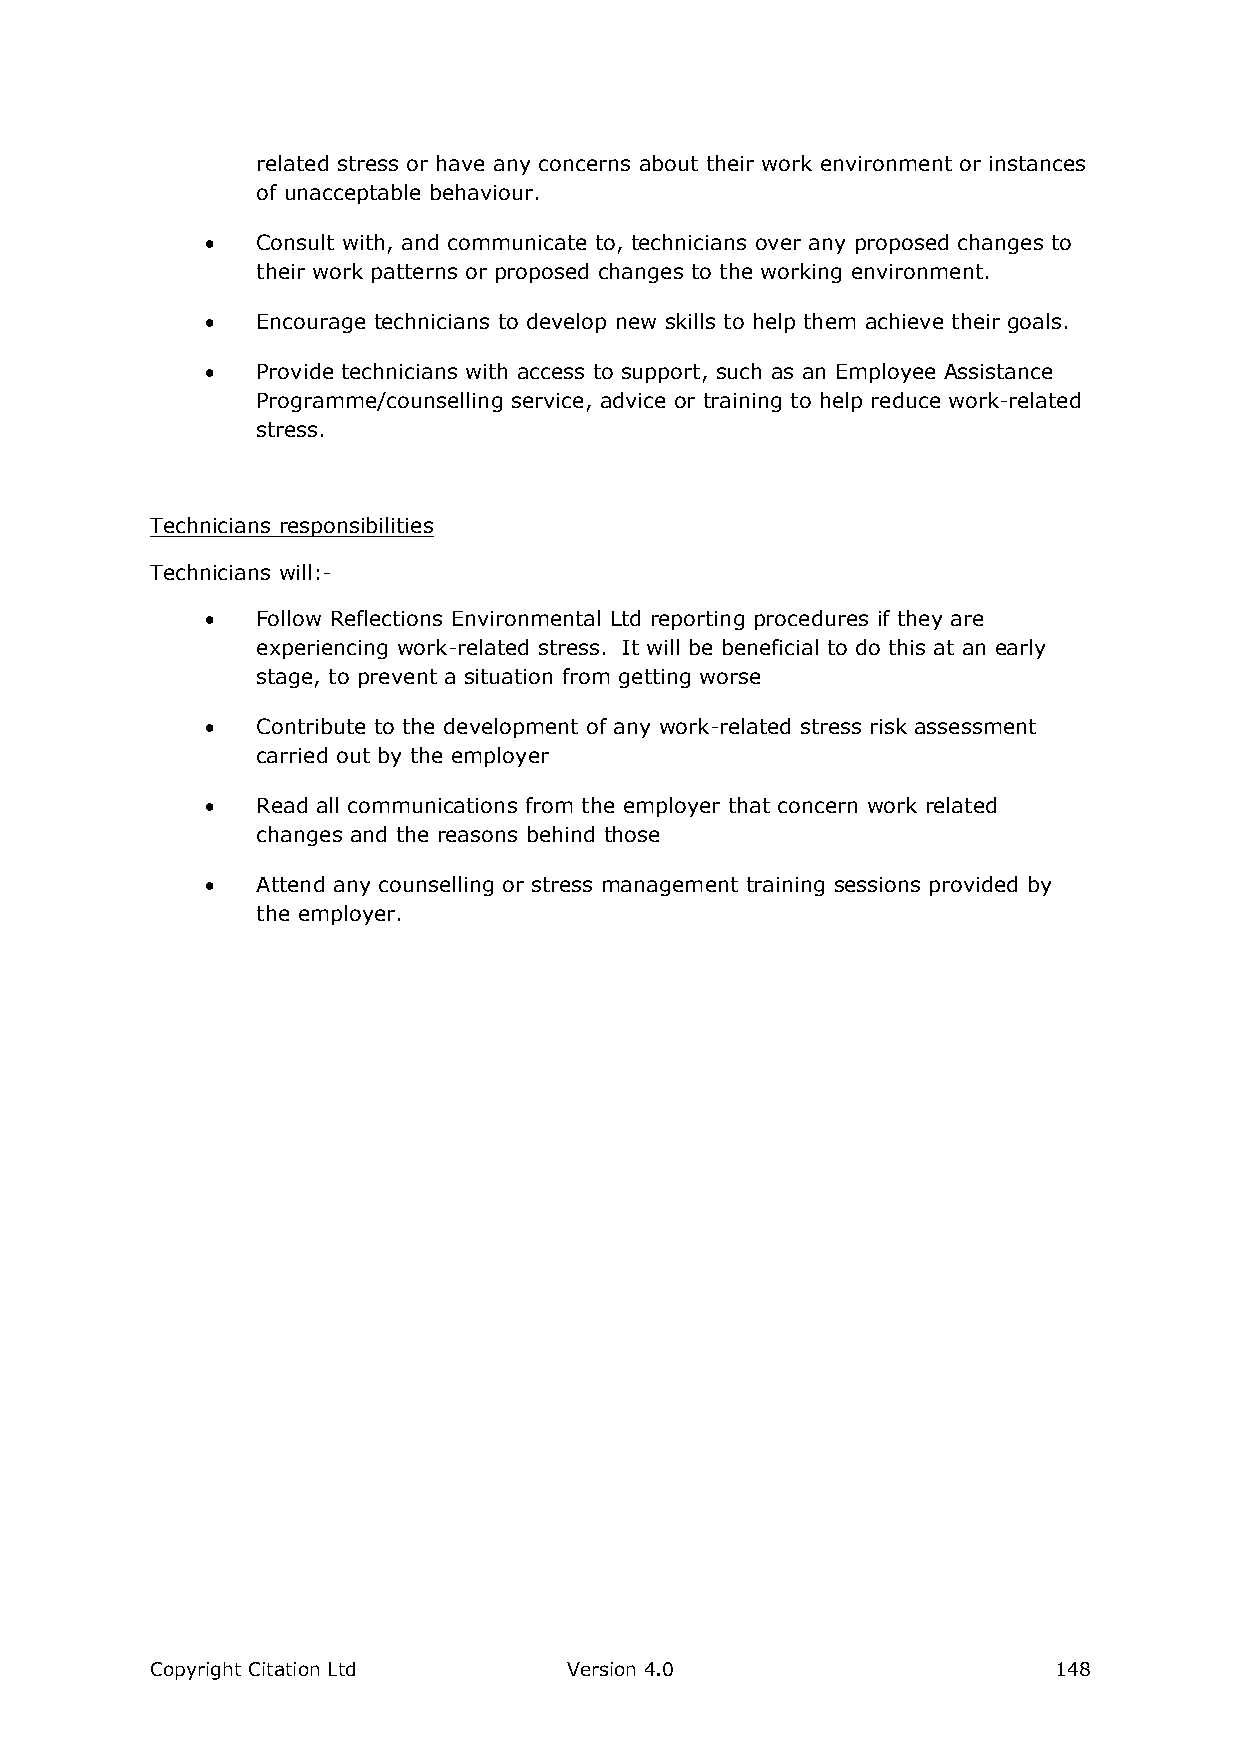
related stress or have any concerns about their work environment or instances
 of unacceptable behaviour.
   Consult with, and communicate to, technicians over any proposed changes to
 their work patterns or proposed changes to the working environment.
   Encourage technicians to develop new skills to help them achieve their goals.
   Provide technicians with access to support, such as an Employee Assistance
 Programme/counselling service, advice or training to help reduce work-related
 stress.
 Technicians responsibilities
 Technicians will:-
   Follow Reflections Environmental Ltd reporting procedures if they are
 experiencing work-related stress. It will be beneficial to do this at an early
 stage, to prevent a situation from getting worse
   Contribute to the development of any work-related stress risk assessment
 carried out by the employer
   Read all communications from the employer that concern work related
 changes and the reasons behind those
   Attend any counselling or stress management training sessions provided by
 the employer.
 Copyright Citation Ltd      Version 4.0                     148